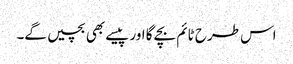
اس طرح ٹائم بچے گا اور پیسے بھی بچیں گے۔